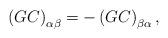
LaTeX: \begin{align*}\left( GC\right) _{\alpha\beta}=-\left( GC\right) _{\beta\alpha},\end{align*}